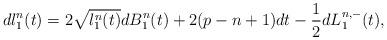
LaTeX: \begin{align*} dl^n_1(t) = 2 \sqrt{l^n_1(t)} dB^n_1(t) + 2(p - n + 1)dt - \frac{1}{2}dL_1^{n, -}(t),\end{align*}